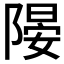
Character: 𨻂